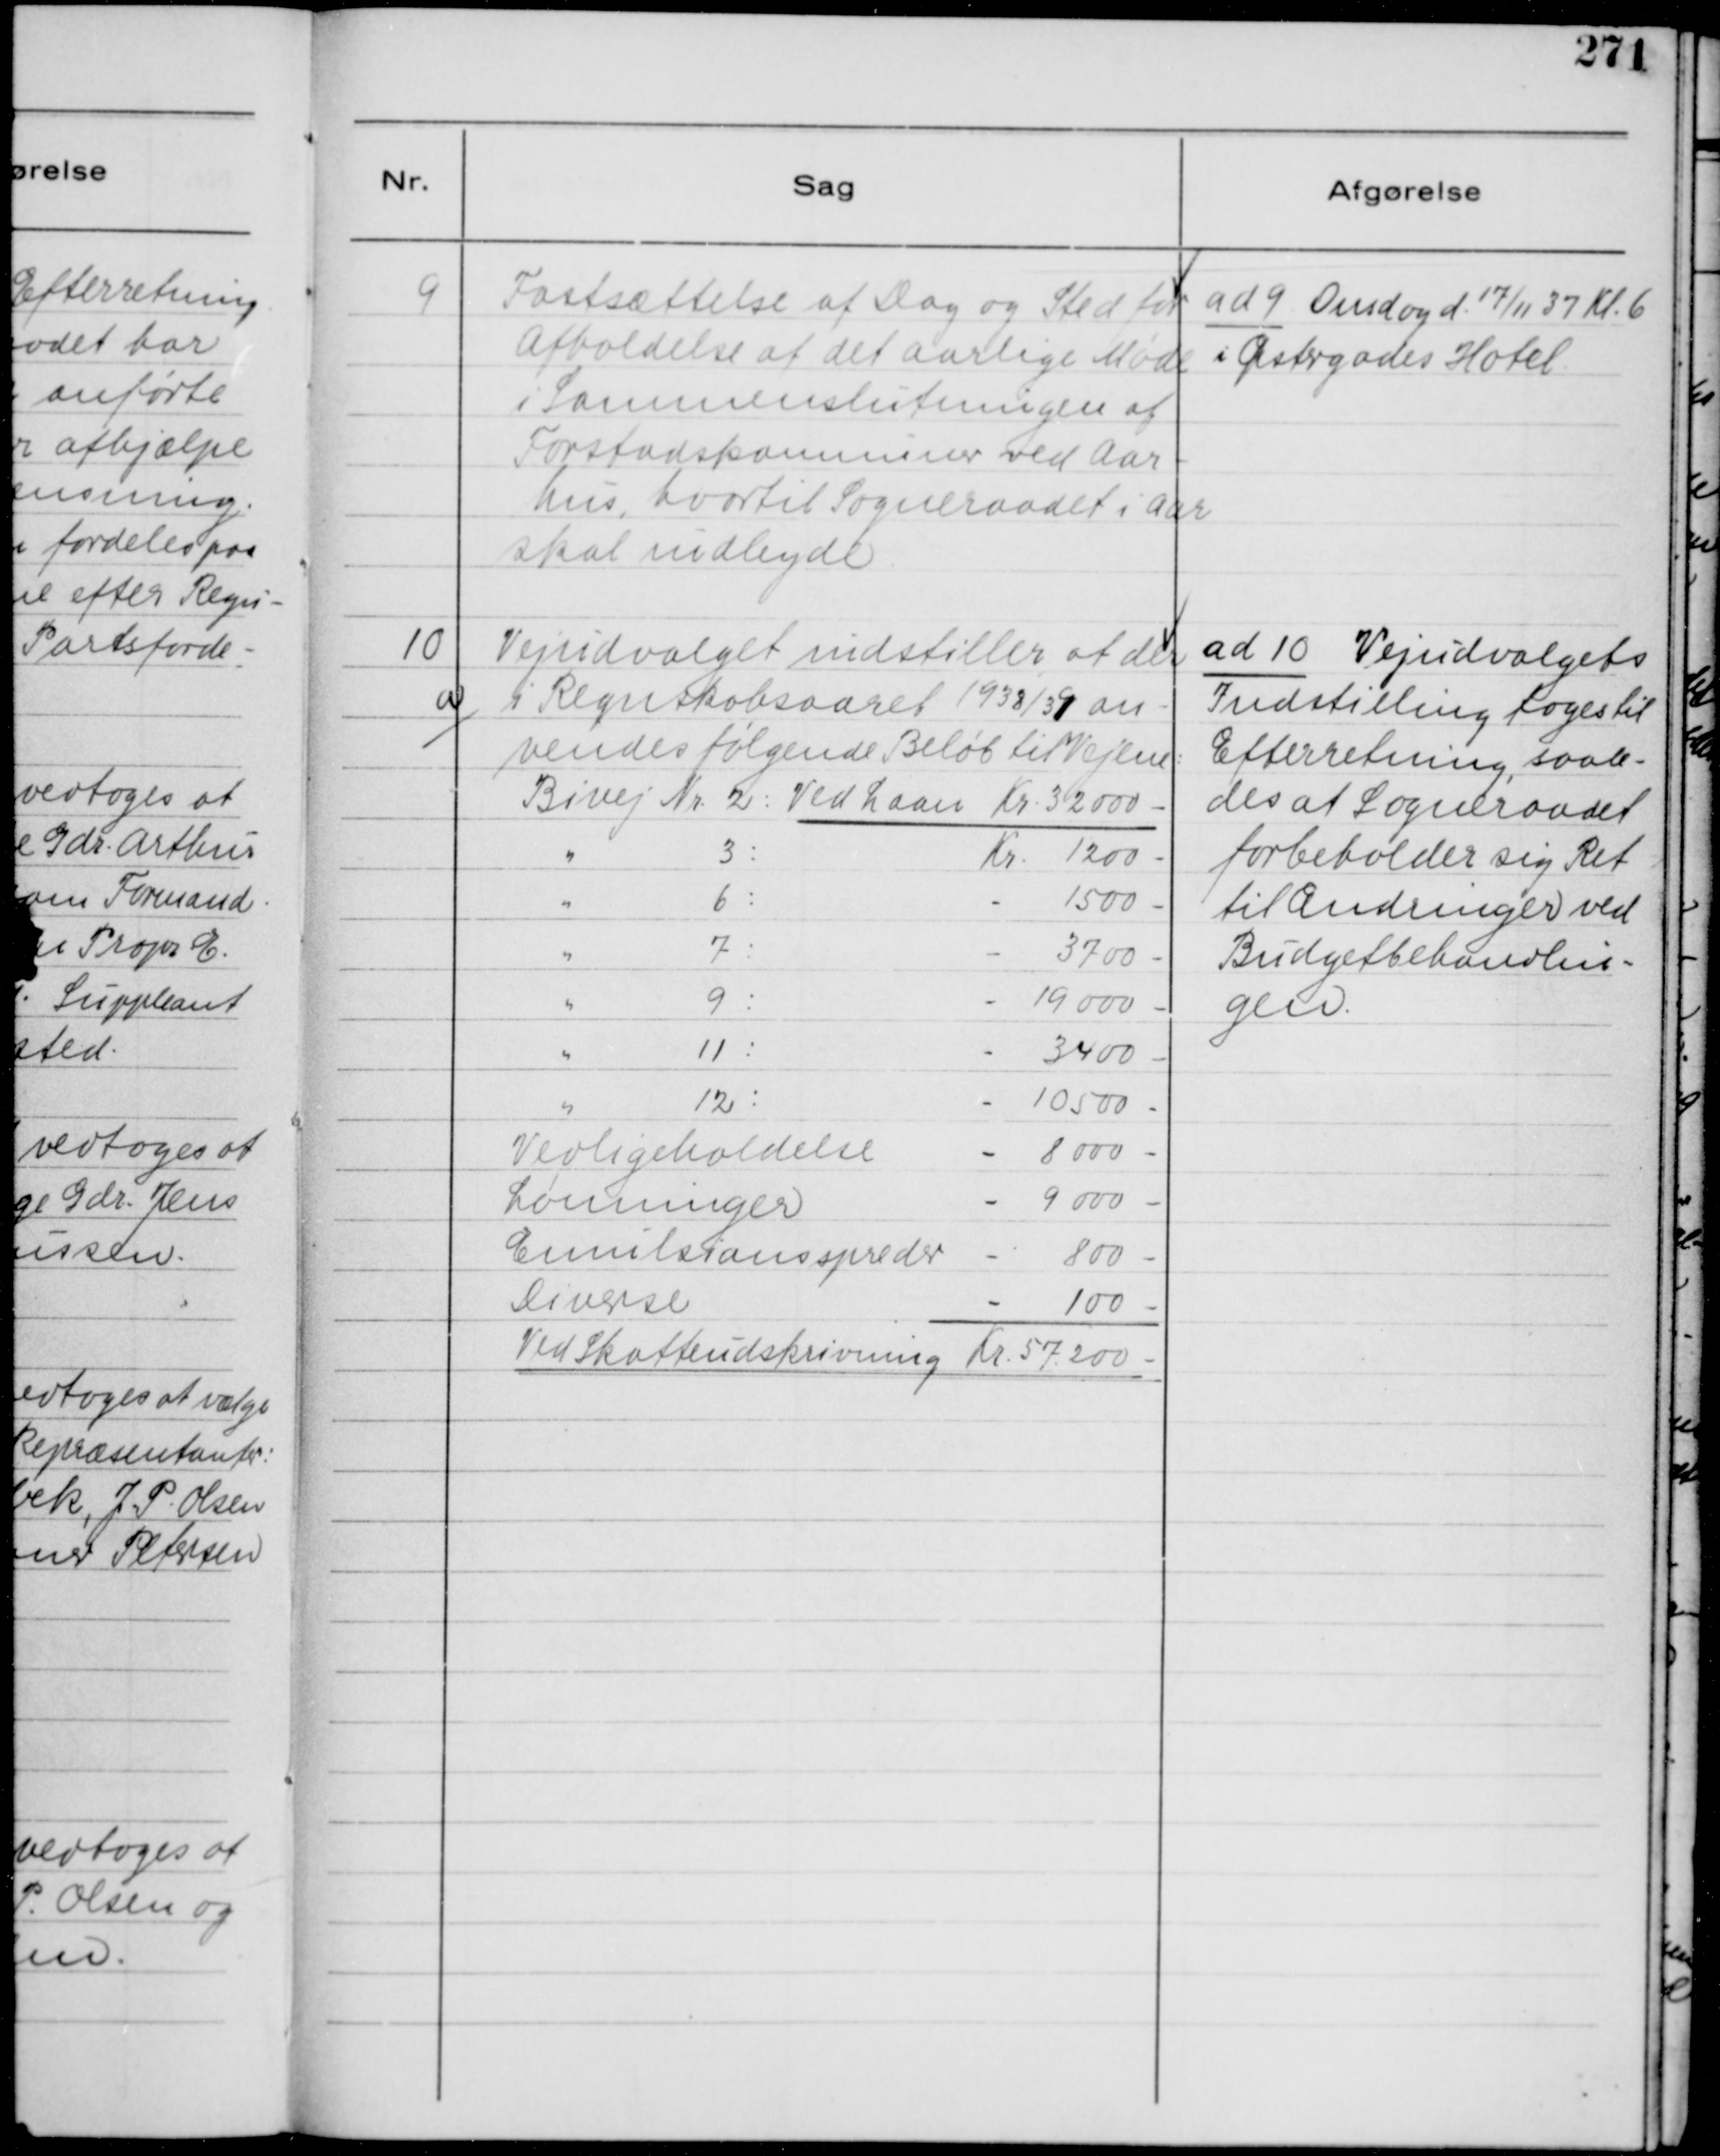
Transskription:
9
Fastsættelse af Dag og Sted for
Afholdelse af det aarlige Møde
i Sammenslutningen af
Forstadskommuner ved Aar-
hus, hvortil Sogneraadet i Aar
skal indbyde.

ad 9 Onsdag d. 17/11 37 Kl. 6
i Østergades Hotel.

10
a
Vejudvalget indstiller af der
i Regnskabsaaret 1938/39 an-
vendes følgende Beløb til Vejene:
Bivej Nr. 2: Ved Laan Kr. 32000-
" 3:
Kr. 1200 -
" 6:
- 1500 -
" 7:
- 3700 -
" 9:
- 19000 -
" 11:
- 3400 -
" 12:
- 10500 -
Vedligeholdelse
- 8000 -
Lønninger
- 9000 -
Emulsionsspreder
- 800 -
Diverse
- 100 -
Ved Skatteudskrivning Kr. 57.200 -

ad 10 Vejudvalgets
Indstilling tages til
Efterretning, saale-
des at Sogneraadet
forbeholder sig Ret
til Ændringer ved
Budgetbehandlin-
gen.